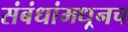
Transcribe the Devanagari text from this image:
संबंधांमधूनच